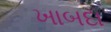
ખાબદા